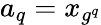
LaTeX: a_{q}=x_{g^{q}}